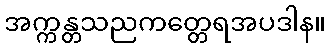
အက္ကန္တသညကတ္တေရအပဒါန။